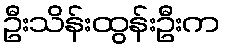
ဦးသိန်းထွန်းဦးက